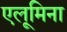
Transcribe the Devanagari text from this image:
एलूमिना